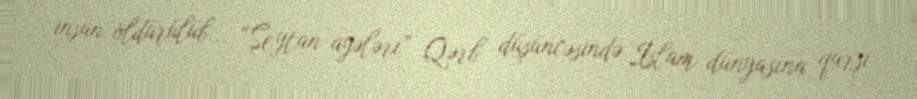
insan öldürülüb... “Şeytan ayələri” Qərb düşüncəsində İslam dünyasına qarşı